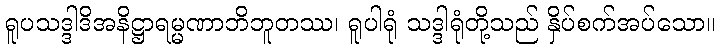
ရူပသဒ္ဒါဒိအနိဋ္ဌာရမ္မဏာဘိဘူတဿ၊ ရူပါရုံ သဒ္ဒါရုံတို့သည် နှိပ်စက်အပ်သော။